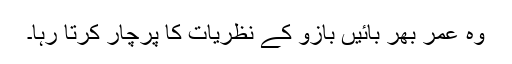
وہ عمر بھر بائیں بازو کے نظریات کا پرچار کرتا رہا۔